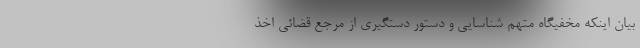
بیان اینکه مخفیگاه متهم شناسایی و دستور دستگیری از مرجع قضائی اخذ